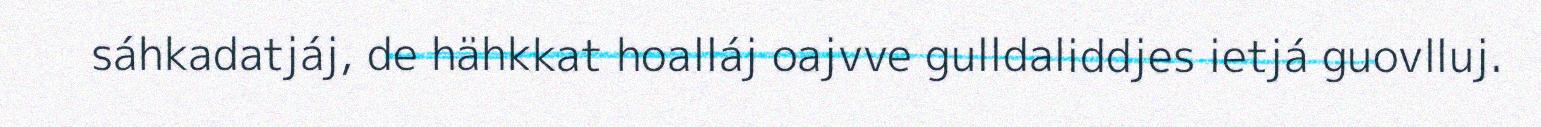
sáhkadatjáj, de hähkkat hoalláj oajvve gulldaliddjes ietjá guovlluj.